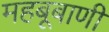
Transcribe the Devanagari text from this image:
महबूबाणी